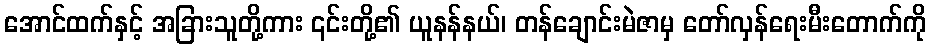
အောင်ထက်နှင့် အခြားသူတို့ကား ၎င်းတို့၏ ယူနန်နယ်၊ တန်ချောင်းမဲဇာမှ တော်လှန်ရေးမီးတောက်ကို